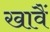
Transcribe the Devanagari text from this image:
खावैं